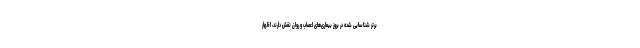
برتر شناسایی شده در بروز بیماری‌های اعصاب و روان نقش دارند، اظهار